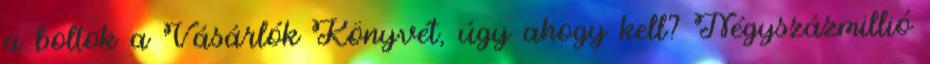
a boltok a Vásárlók Könyvét, úgy ahogy kell? Négyszázmillió